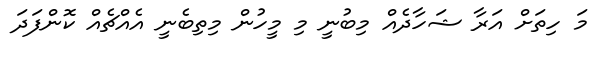
މަ ހިތަށް އަރާ ޝަހާދެއް މިބުނީ މި މީހުން މިތިބެނީ އެއްޗެއް ކޮންފަދަ